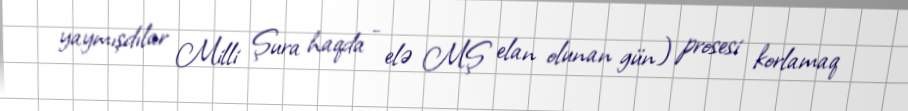
yaymışdılar Milli Şura haqda - elə MŞ elan olunan gün) prosesi korlamaq